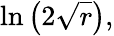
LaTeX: \ln{\bigl(}2{\sqrt{r}}{\bigr)},